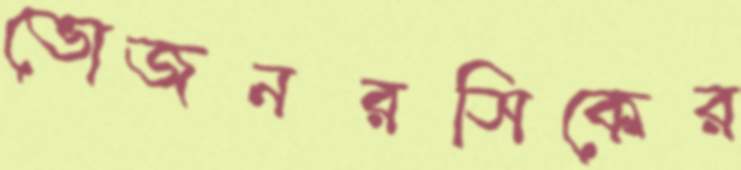
ভোজনরসিকের